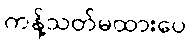
ကန့်သတ်မထားပေ